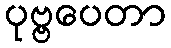
ပုဗ္ဗပေတာ